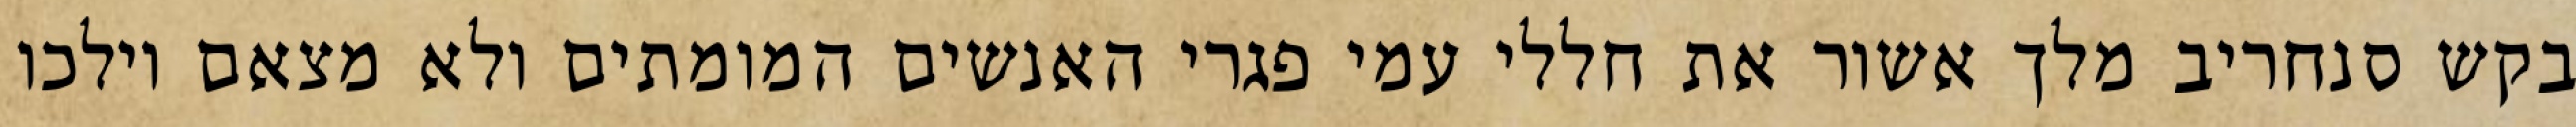
בקש סנחריב מלך אשור את חללי עמי פגרי האנשים המומתים ולא מצאם וילכו